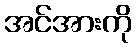
အင်အားကို